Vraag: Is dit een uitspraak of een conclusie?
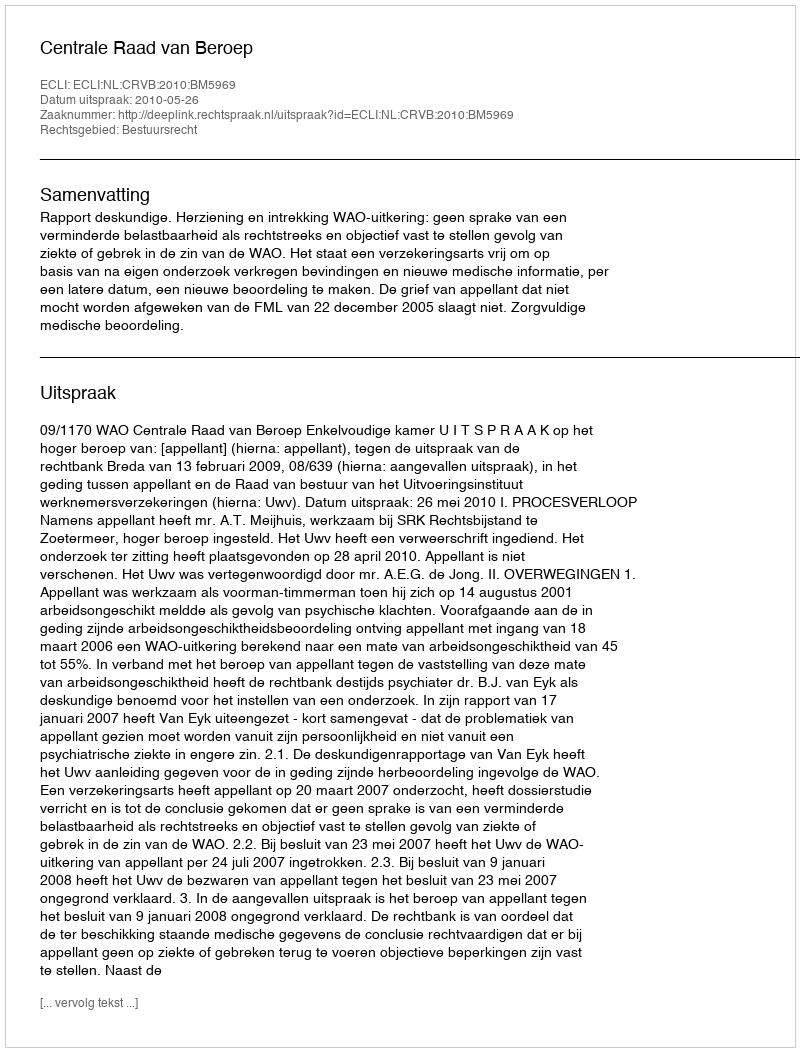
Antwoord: Uitspraak